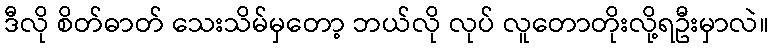
ဒီလို စိတ်ဓာတ် သေးသိမ်မှတော့ ဘယ်လို လုပ် လူတောတိုးလို့ရဦးမှာလဲ။